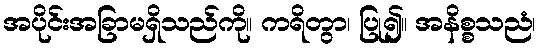
အပိုင်းအခြာမရှိသည်ကို။ ကရိတွာ၊ ပြု၍။ အနိစ္စသညံ၊